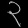
Digit: ၃